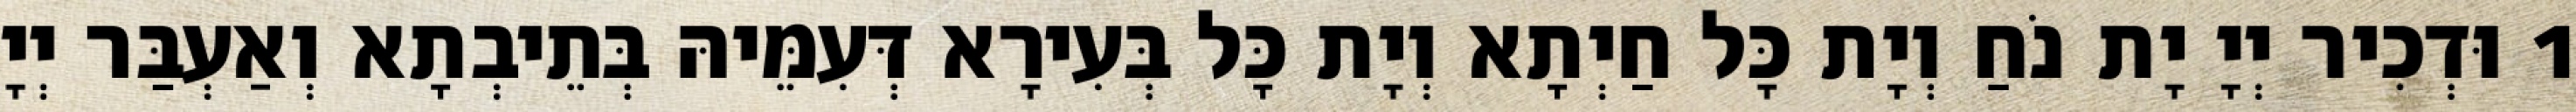
1 וּדְכִיר יְיָ יָת נֹחַ וְיָת כָּל חַיְתָא וְיָת כָּל בְּעִירָא דְּעִמֵּיהּ בְּתֵיבְתָא וְאַעְבַּר יְיָ